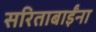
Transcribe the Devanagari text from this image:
सरिताबाईंना